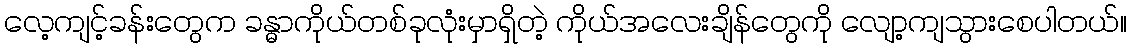
လေ့ကျင့်ခန်းတွေက ခန္ဓာကိုယ်တစ်ခုလုံးမှာရှိတဲ့ ကိုယ်အလေးချိန်တွေကို လျော့ကျသွားစေပါတယ်။